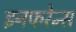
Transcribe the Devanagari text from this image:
इनफरेन्स